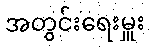
အတွင်းရေးမှူး